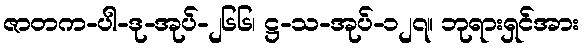
ဇာတက-ပါ-ဒု-အုပ်-၂၆၆၊ ဋ္ဌ-သ-အုပ်-၁၂၇။ ဘုရားရှင်အား